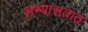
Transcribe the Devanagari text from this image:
अभ्यासतात